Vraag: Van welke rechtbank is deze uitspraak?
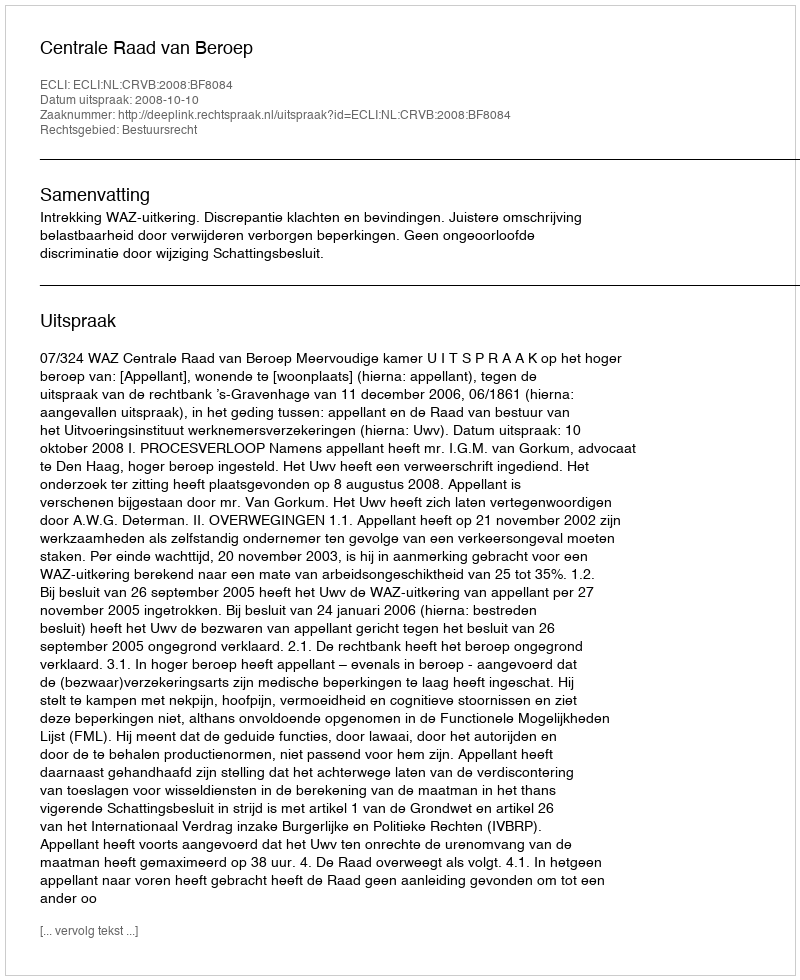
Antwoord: Centrale Raad van Beroep